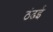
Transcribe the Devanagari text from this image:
ठंढई